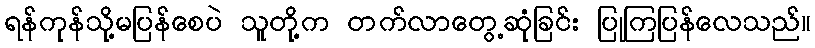
ရန်ကုန်သို့မပြန်စေပဲ သူတို့က တက်လာတွေ့ဆုံခြင်း ပြုကြပြန်လေသည်။